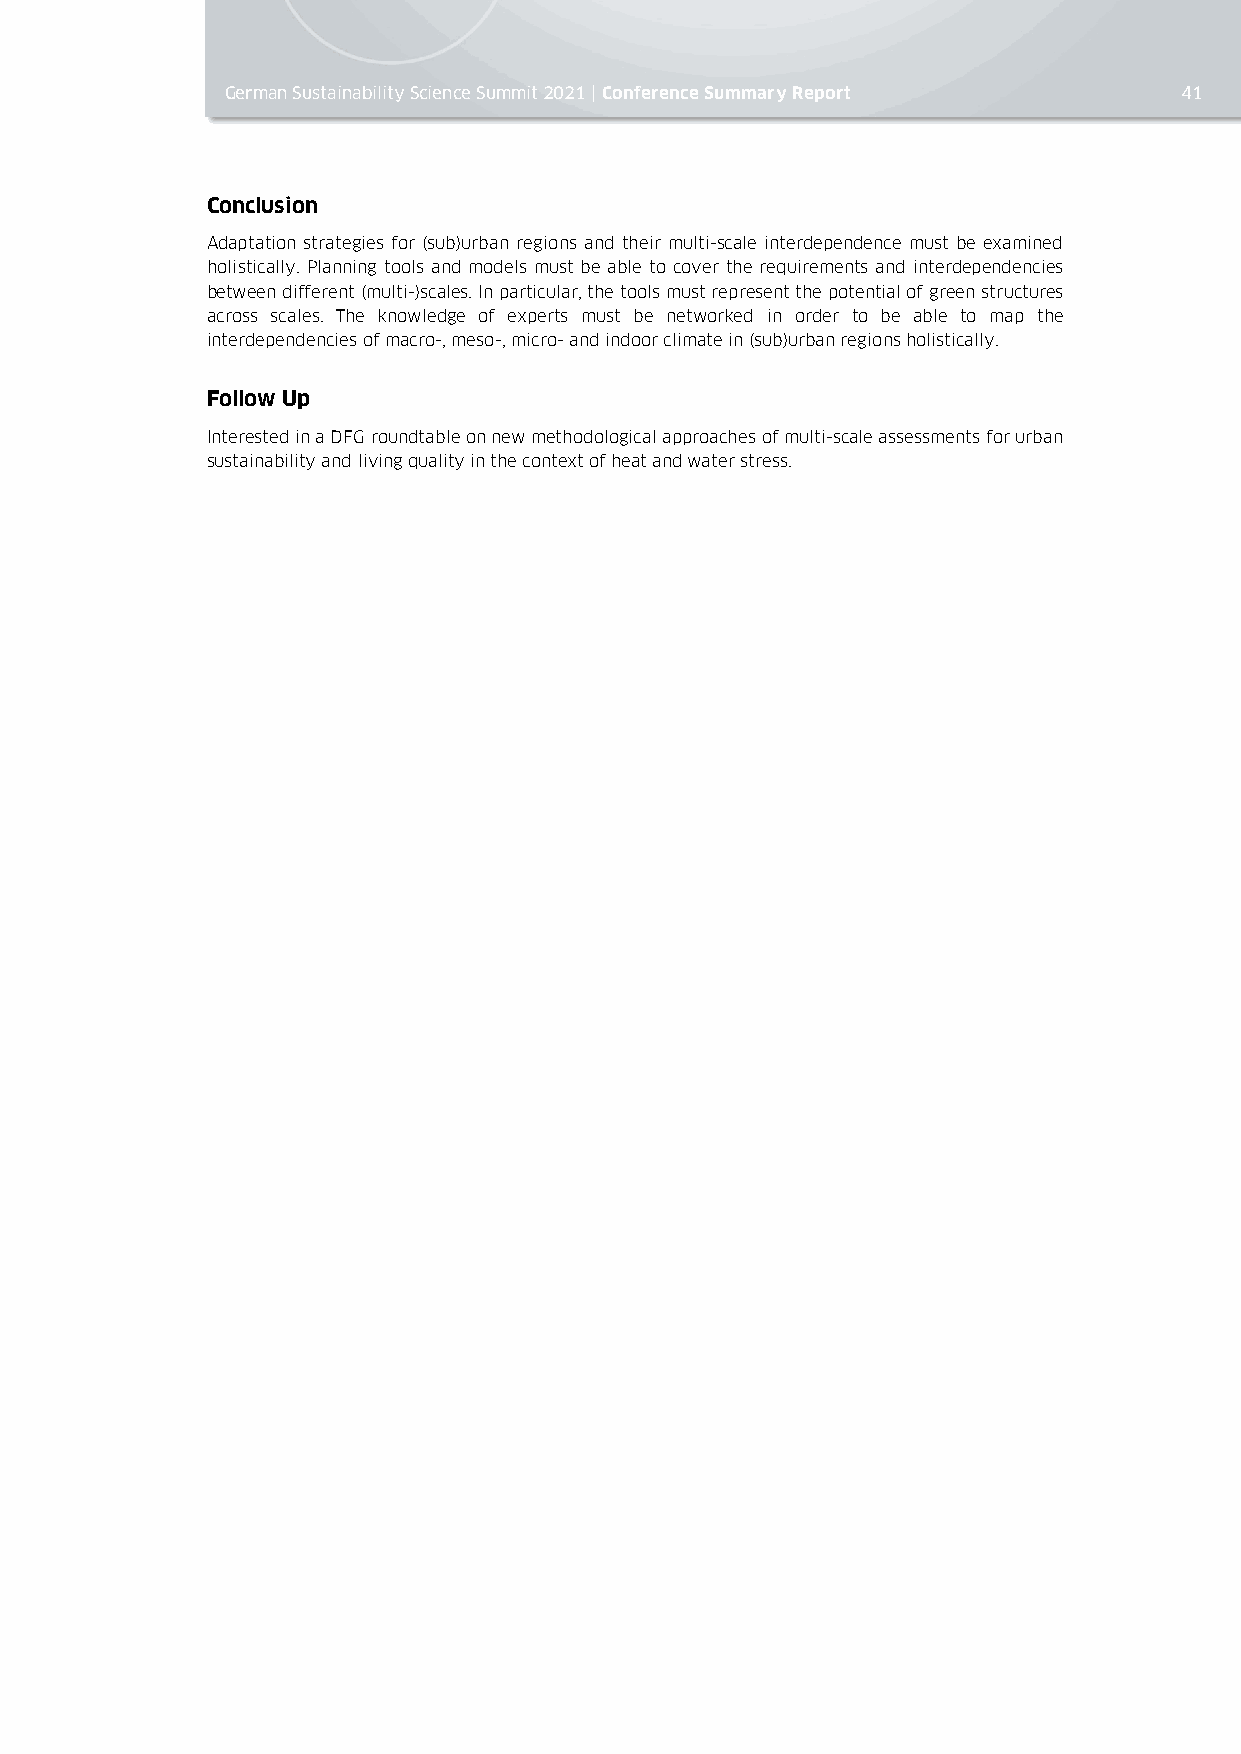
German Sustainability Science Summit 2021 | Conference Summary Report 41
 Conclusion
 Adaptation strategies for (sub)urban regions and their multi-scale interdependence must be examined
 holistically. Planning tools and models must be able to cover the requirements and interdependencies
 between different (multi-)scales. In particular, the tools must represent the potential of green structures
 across scales. The knowledge of experts must be networked in order to be able to map the
 interdependencies of macro-, meso-, micro- and indoor climate in (sub)urban regions holistically.
 Follow Up
 Interested in a DFG roundtable on new methodological approaches of multi-scale assessments for urban
 sustainability and living quality in the context of heat and water stress.